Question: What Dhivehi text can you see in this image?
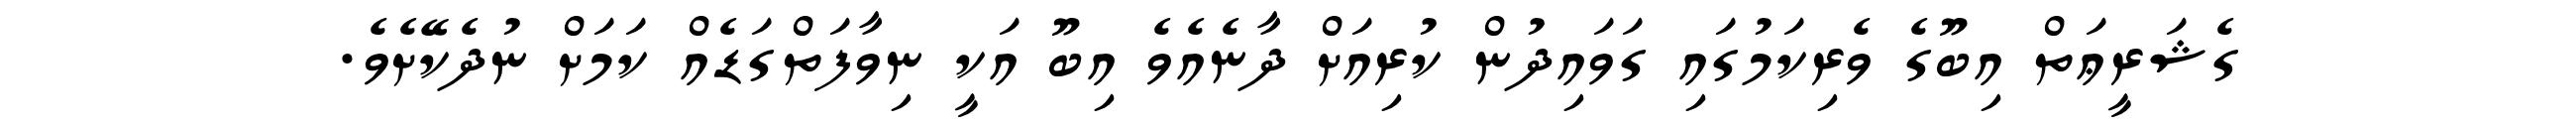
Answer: ގެޝަރީޢަތް އިބޫގެ ވެރިކަމުގައި ގަވައިދުން ކުރިއަށް ދާނެއެވެ އިބޫ އަކީ ނިވާފަތްގަޑެއް ކަމަށް ނުދެކޭށެވެ.